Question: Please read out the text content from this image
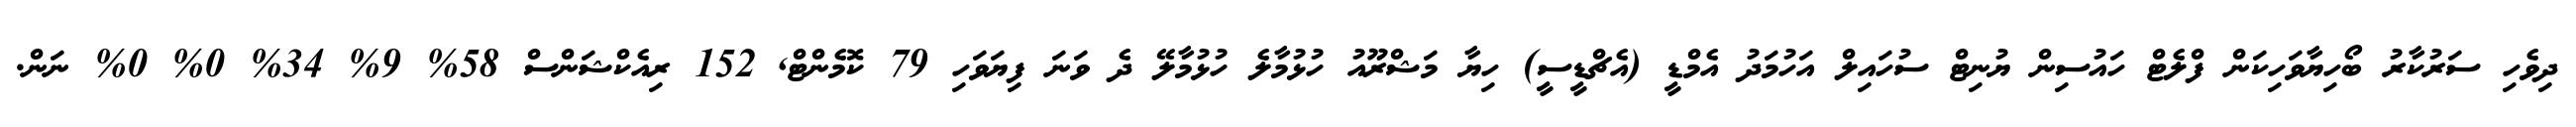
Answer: ދިވެހި ސަރުކާރު ބޯހިޔާވަހިކަން ފްލެޓް ހައުސިން ޔުނިޓް ސުހައިލް އަހުމަދު އެމްޑީ (އެޗްޑީސީ) ހިޔާ މަޝްރޫއު ހުޅުމާލެ ހުޅުމާލޭ ދެ ވަނަ ފިޔަވަހި 79 ކޮމެންޓް, 152 ރިއެކްޝަންސް 58% 9% 34% 0% 0% ނަން.